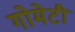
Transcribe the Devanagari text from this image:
गोमेटी